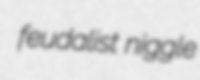
feudalist niggle